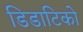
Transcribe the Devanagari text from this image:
डिडाटिको